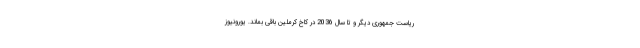
ریاست جمهوری دیگر و تا سال 2036 در کاخ کرملین باقی بماند. یورونیوز